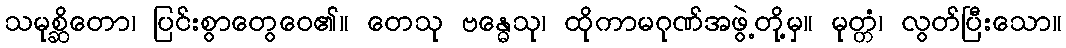
သမုစ္ဆိတော၊ ပြင်းစွာတွေဝေ၏။ တေသု ဗန္ဓေသု၊ ထိုကာမဂုဏ်အဖွဲ့တို့မှ။ မုတ္တံ၊ လွတ်ပြီးသော။